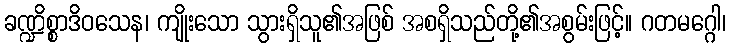
ခဏ္ဍိစ္စာဒိဝသေန၊ ကျိုးသော သွားရှိသူ၏အဖြစ် အစရှိသည်တို့၏အစွမ်းဖြင့်။ ဂတမဂ္ဂေါ၊